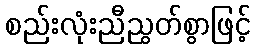
စည်းလုံးညီညွတ်စွာဖြင့်